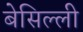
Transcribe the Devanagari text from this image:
बेसिल्ली